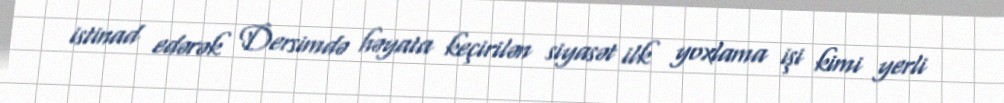
istinad edərək Dersimdə həyata keçirilən siyasət ilk yoxlama işi kimi yerli